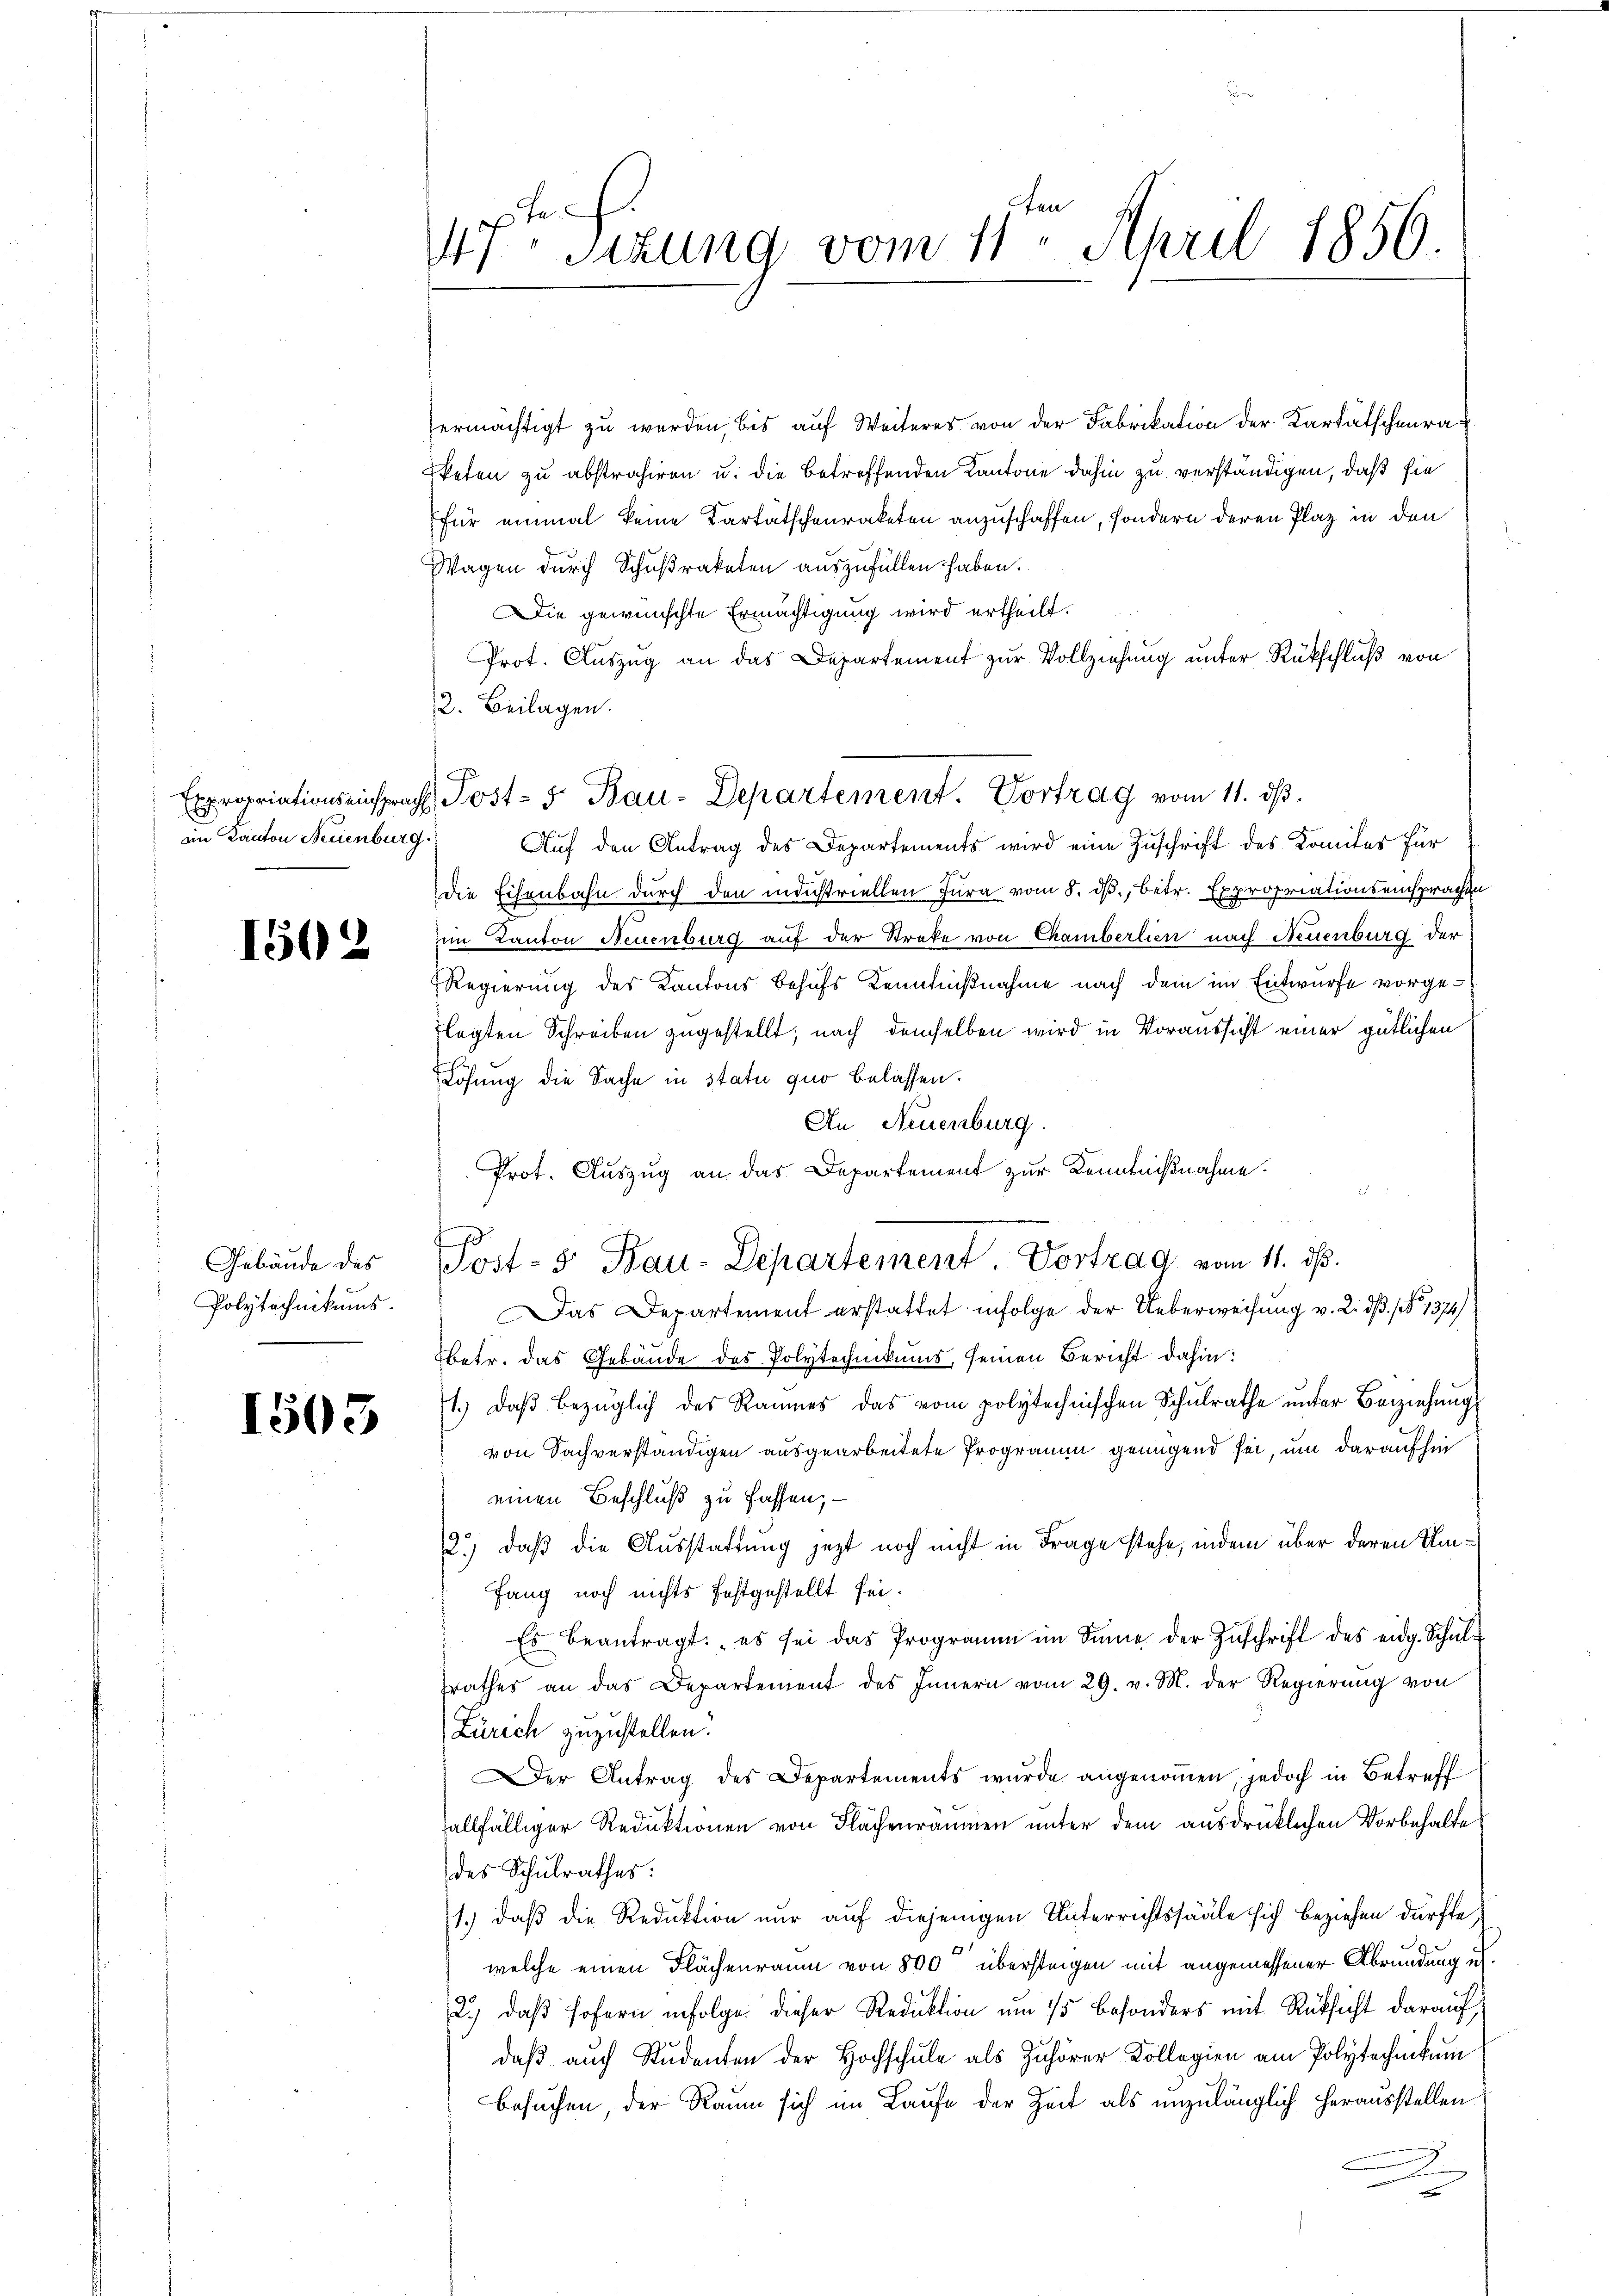
im Kanton Neuenburg.

1502

Gebäude des
Polytechnikums.

1505

e
47. Sekung vom 11. April 1850.

d

ermächtigt zu werden, bis auf Weiteres von der Fabrikation der Kardätschenraketen zu abstrahiren u. die betreffenden Kantone dahin zu verständigen, daß sie
für einmal keine Kartätschenraketen anzuschaffen, sondern deren Plaz in den
Wagen durch Schußraketen auszufüllen haben.
Die gewünschte Ermächtigung wird ertheilt.
Prot. Auszug an das Departement zur Vollziehung unter Rückschluß von
2. Beilagen.
Auf den Antrag des Departements wird eine Zuschrift des Komites für
die Eisenbahn durch den ministriellen Jura vom 8. ds., betr. Expropriationseinsprachen
im Kanton Neuenburg auf der Strafe von Chamberlien nach Neuenburg der
Regierung des Kantons Behufs Kenntnißnahme nach dem im Entwurfe vorgelagten Schreiben zugestellt; nach demselben wird in Voraussicht einer gütlichen
Lösung die Sache in statu quo belassen.
An Neuenburg.
Prot. Auszug an das Departement zur Kenntnißnahme.
Das Departement erstattet infolge der Ueberweisung v. 2. d. 1. 1374)
betr. das Gebäude des Polytechnikums, seinen Bericht dahin:
1.) daβ bezüglich des Raumes das vom polytechnischen Schŭlrathe ŭnter Beziehŭng
von Sachverständigen ausgearbeitete Programm genügend sei, um daraufhin
einen Beschluß zu fassen; —
2.) daß die Ausstattung jezt noch nicht in Frage stehe, indem über deren Umfang noch nichts festgestellt sei.
Es beantragt: „es sei das Programm im Sinne der Zŭschrift des eidg. Schulsrathes an das Departement des Innern vom 29. v. M. der Regierŭng von
Zürich zuzustellen.
Der Antrag des Departements wurde angenommen, jedoch in Betreff
allfälliger Reduktionen von Flächenräumen unter dem ausdrücklichen Vorbehalte
des Schulrathes:
1.) daß die Reduktion nur auf diejenigen Unterrichtssääle sich beziehen dürfte,
welche einen Flächenraum von 800 übersteigen mit angemessener Abrundung un
2.) daß sofern infolge dieser Reduktion um 15 besonders mit Rücksicht darauf,
daβ aŭch Studenten der Hochschŭle als Zuhörer Kollegien am Polytechnikum
Besuchen, der Raum sich im Laufe der Zeit als unzulänglich herausstellen
2

Expropriationseinsprach Post- 5. Bau-Departement. Vortrag vom 11. dβ.

Post- 5. Bau-Departement. Vortrag vom 11. ds.